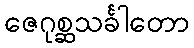
ဇေဂုစ္ဆသင်္ခါတော